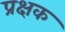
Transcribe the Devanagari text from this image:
प्रक्षक